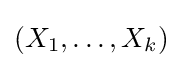
(X_{1},\dots ,X_{k})